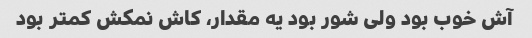
آش خوب بود ولی شور بود یه مقدار، کاش نمکش کمتر بود